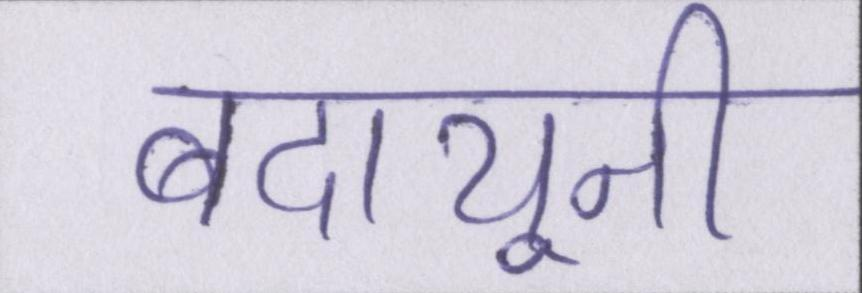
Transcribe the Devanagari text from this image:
बदायूनी